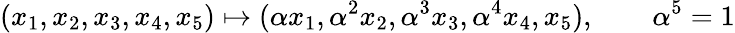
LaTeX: (x_{1},x_{2},x_{3},x_{4},x_{5})\mapsto(\alpha x_{1},\alpha^{2}x_{2},\alpha^{3}x_{3},\alpha^{4}x_{4},x_{5}),\qquad\alpha^{5}=1